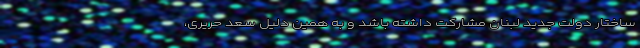
ساختار دولت جدید لبنان مشارکت داشته باشد و به همین دلیل سعد حریری،